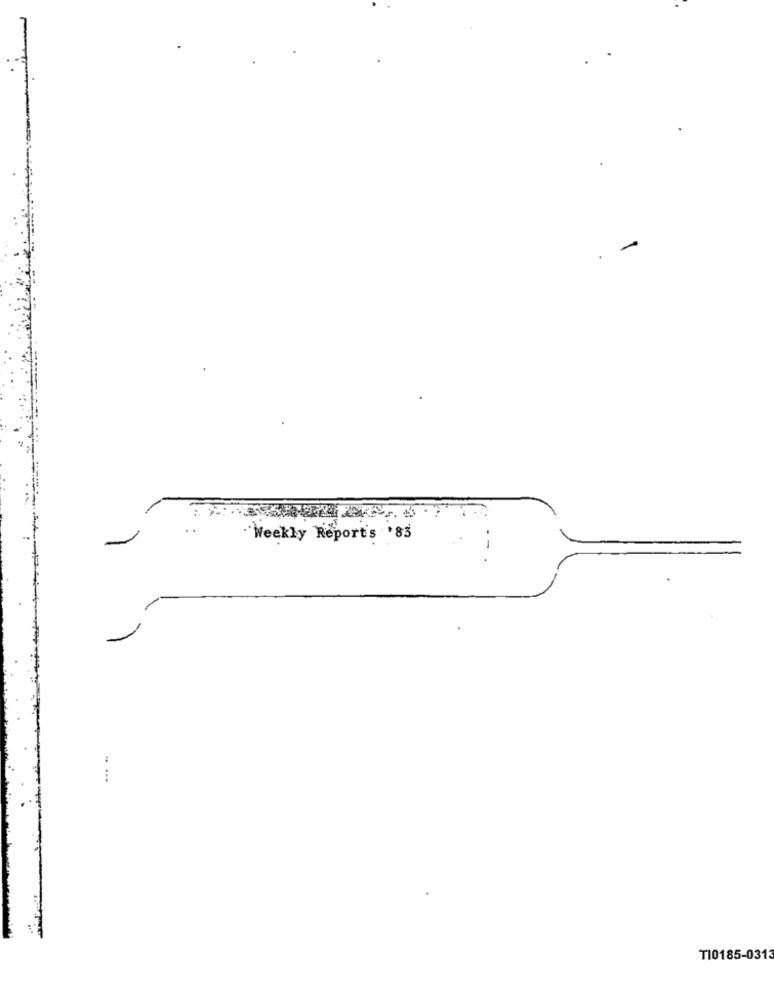
-
Weekly Report's '83
T10185-0313